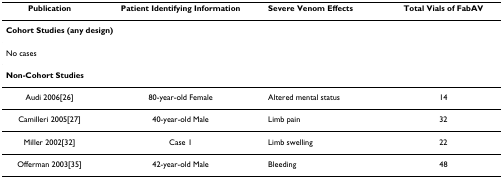
<table><thead><tr><td><b>Publication</b></td><td><b>Patient Identifying Information</b></td><td><b>Severe Venom Effects</b></td><td><b>Total Vials of FabAV</b></td></tr></thead><tbody><tr><td colspan="4"><b>Cohort Studies (any design)</b></td></tr><tr><td colspan="4">No cases</td></tr><tr><td colspan="4"><b>Non-Cohort Studies</b></td></tr><tr><td>Audi 2006[26]</td><td>80-year-old Female</td><td>Altered mental status</td><td>14</td></tr><tr><td>Camilleri 2005[27]</td><td>40-year-old Male</td><td>Limb pain</td><td>32</td></tr><tr><td>Miller 2002[32]</td><td>Case 1</td><td>Limb swelling</td><td>22</td></tr><tr><td>Offerman 2003[35]</td><td>42-year-old Male</td><td>Bleeding</td><td>48</td></tr></tbody></table>